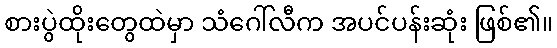
စားပွဲထိုးတွေထဲမှာ သံဂေါ်လီက အပင်ပန်းဆုံး ဖြစ်၏။